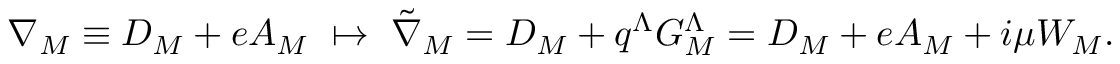
\nabla _ { M } \equiv { D } _ { M } + e A _ { M } \ \mapsto \ { \tilde { \nabla } } _ { M } = { D } _ { M } + q ^ { \Lambda } G _ { M } ^ { \Lambda } = { D } _ { M } + e A _ { M } + i \mu W _ { M } .